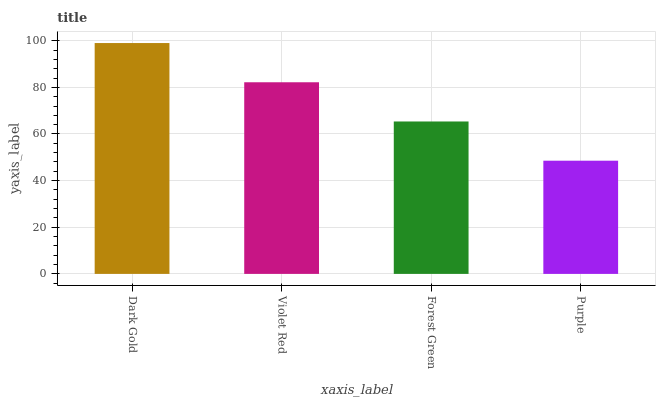
| xaxis_label | bars |
 | --- | --- |
 | Dark Gold | 99 |
 | Violet Red | 82.2 |
 | Forest Green | 65.4 |
 | Purple | 48.5 |